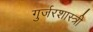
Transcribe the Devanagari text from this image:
गुर्जरशास्त्री